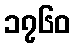
၁၇၆၀